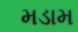
મડામ